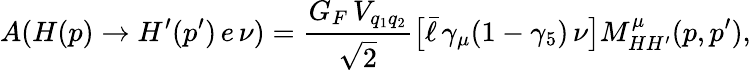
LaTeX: A(H(p)\to H^{\prime}(p^{\prime})\, e\, \nu)={\frac{G_{F}\, V_{q_{1}q_{2}}}{\sqrt{2}}}\bigl[\bar{\ell}\, \gamma_{\mu}(1-\gamma_{5})\, \nu\bigr]M_{HH^{\prime}}^{\mu}(p,p^{\prime}),